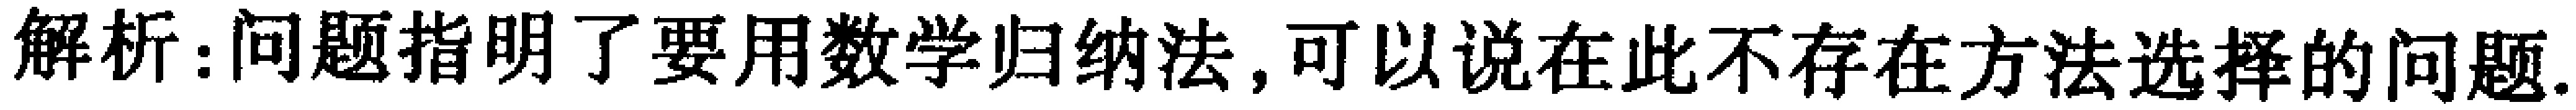
解析：问题指明了要用数学归纳法，可以说在此不存在方法选择的问题.